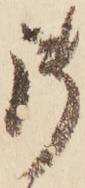
御